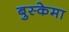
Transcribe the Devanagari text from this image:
बुस्केमा